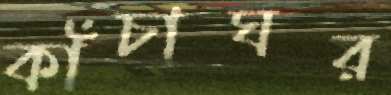
কাঁচাঘর